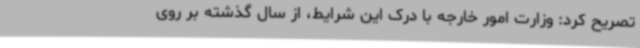
تصریح کرد: وزارت امور خارجه با درک این شرایط، از سال گذشته بر روی